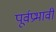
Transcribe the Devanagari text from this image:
पूर्वप्रभावी